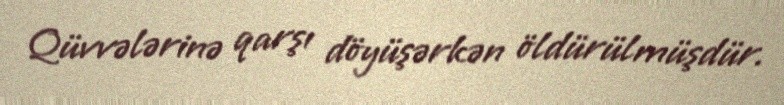
Qüvvələrinə qarşı döyüşərkən öldürülmüşdür.